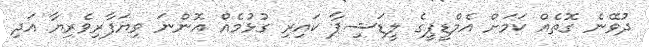
ދުވޭނެ ގޮތެއް ކަމަށް އެމްޑީޕީގެ ލީޑަޝިޕާ ކައިރި ގުޅުމެއް އޮންނަ ވިޔަފާރިވެރިޔާ އަދި